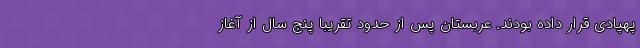
پهپادی قرار داده بودند. عربستان پس از حدود تقریبا پنج سال از آغاز